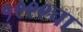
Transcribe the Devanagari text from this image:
१९९९चा